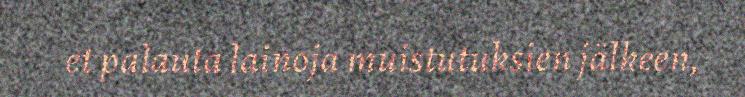
et palauta lainoja muistutuksien jälkeen,